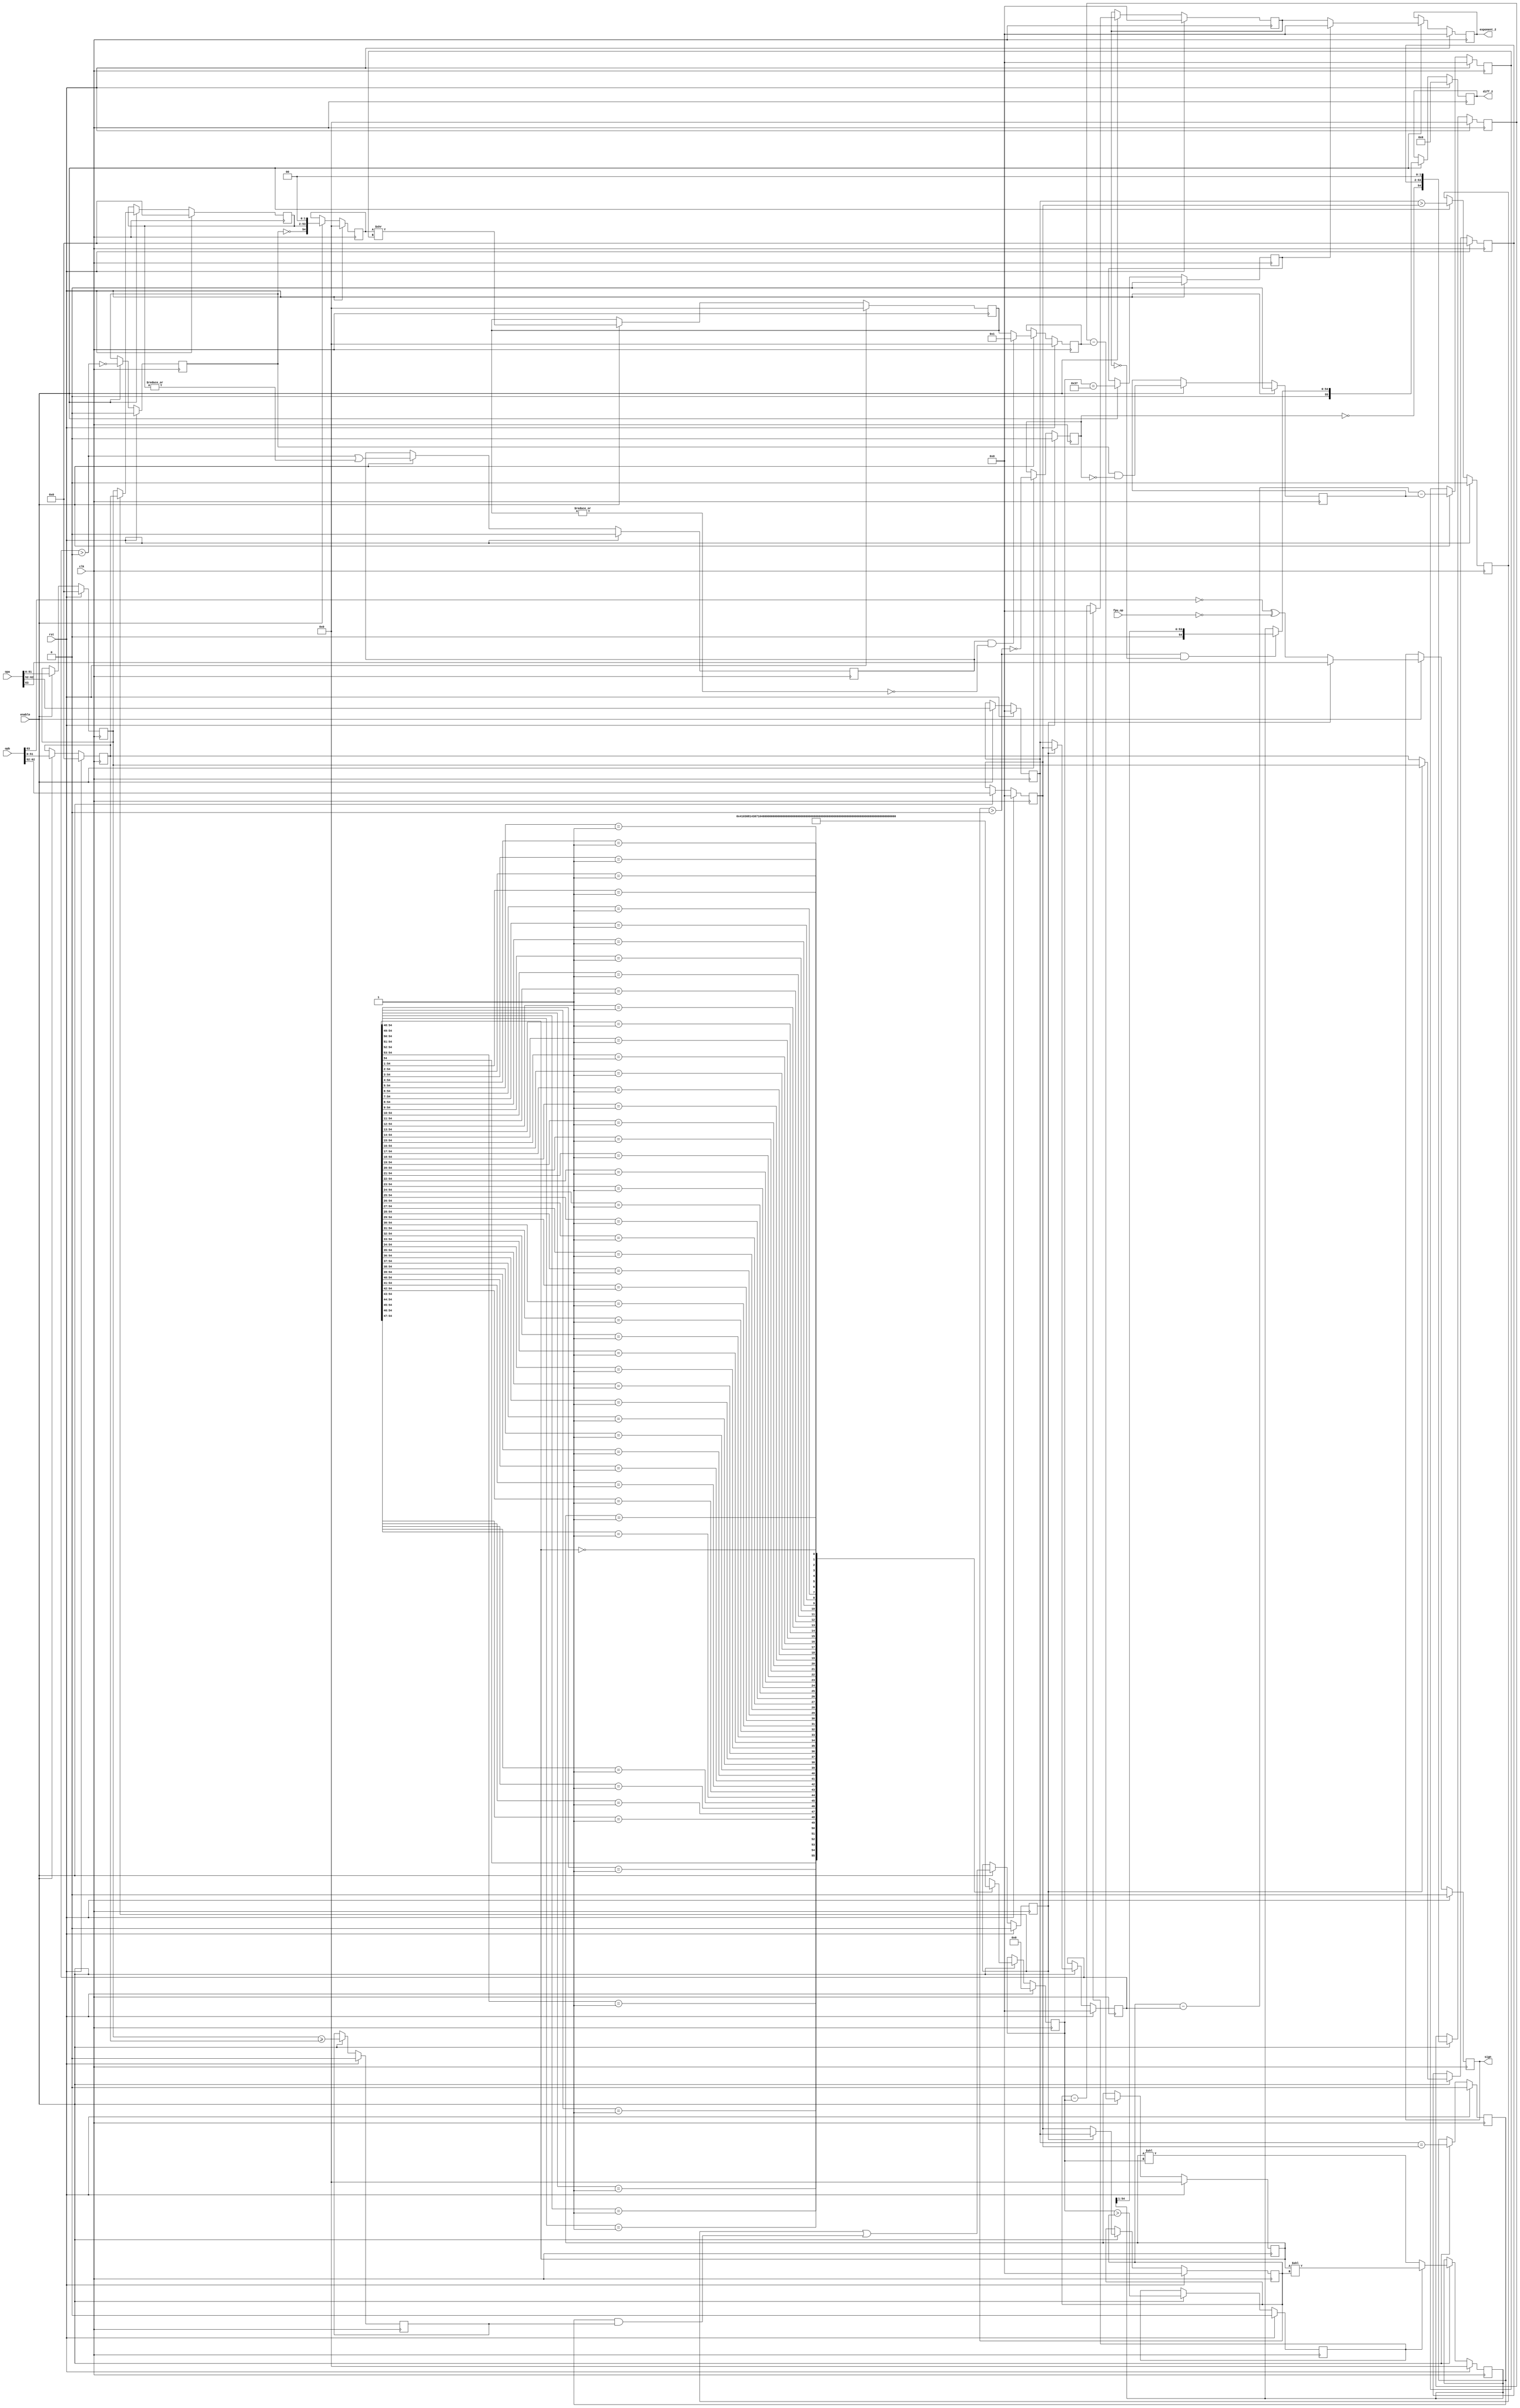

module fpu_sub( clk, rst, enable, opa, opb, fpu_op, sign, diff_2, exponent_2);
input		clk;
input		rst;
input		enable;
input	[63:0]	opa, opb;	  
input	[2:0]	fpu_op;
output		sign;
output	[55:0]	diff_2;
output	[10:0]	exponent_2;
		
reg [6:0] 	diff_shift;
reg [6:0] 	diff_shift_2;


reg   [10:0] exponent_a;
reg   [10:0] exponent_b;
reg   [51:0] mantissa_a;
reg   [51:0] mantissa_b;
reg   expa_gt_expb;
reg   expa_et_expb;
reg   mana_gtet_manb;
reg   a_gtet_b;
reg   sign;
reg   [10:0] exponent_small;
reg   [10:0] exponent_large;
reg   [51:0] mantissa_small;
reg   [51:0] mantissa_large;
reg   small_is_denorm;
reg   large_is_denorm;
reg   large_norm_small_denorm;
reg   small_is_nonzero;
reg   [10:0] exponent_diff;
reg   [54:0] minuend;
reg   [54:0] subtrahend;
reg   [54:0] subtra_shift;
wire   subtra_shift_nonzero = |subtra_shift[54:0];
wire   subtra_fraction_enable = small_is_nonzero & !subtra_shift_nonzero;
wire   [54:0] subtra_shift_2 = { 54'b0, 1'b1 };
reg   [54:0] subtra_shift_3;
reg   [54:0] diff;
reg   diffshift_gt_exponent;
reg   diffshift_et_55; // when the difference = 0
reg   [54:0] diff_1;
reg   [10:0] exponent;
reg   [10:0] exponent_2;
wire   in_norm_out_denorm = (exponent_large > 0) & (exponent== 0);
reg   [55:0] diff_2;
		

always @(posedge clk) 
	begin
		if (rst) begin
		exponent_a <= 0;
		exponent_b <= 0;
		mantissa_a <= 0;
		mantissa_b <= 0;
		expa_gt_expb <= 0;
		expa_et_expb <= 0;
		mana_gtet_manb <= 0;
   		a_gtet_b <= 0;
   		sign <= 0;
   		exponent_small  <= 0;
   		exponent_large  <= 0;
  		mantissa_small  <= 0;
   		mantissa_large  <= 0;
   		small_is_denorm <= 0;
   		large_is_denorm <= 0;
   		large_norm_small_denorm <= 0;
   		small_is_nonzero <= 0;
		exponent_diff <= 0;
		minuend <= 0;
		subtrahend <= 0;
		subtra_shift <= 0;
		subtra_shift_3 <= 0;
		diff_shift_2 <= 0;
		diff <= 0;
		diffshift_gt_exponent <= 0;
		diffshift_et_55 <= 0;
		diff_1 <= 0;
		exponent <= 0;
		exponent_2 <= 0;
		diff_2 <= 0;
		end
		else if (enable) begin
		exponent_a <= opa[62:52];
		exponent_b <= opb[62:52];
		mantissa_a <= opa[51:0];
		mantissa_b <= opb[51:0];
		expa_gt_expb <= exponent_a > exponent_b;
		expa_et_expb <= exponent_a == exponent_b;
		mana_gtet_manb <= mantissa_a >= mantissa_b;
   		a_gtet_b <= expa_gt_expb | (expa_et_expb & mana_gtet_manb);
   		sign <= a_gtet_b ? opa[63] :!opb[63] ^ (fpu_op == 3'b000);
   		exponent_small  <= a_gtet_b ? exponent_b : exponent_a;
   		exponent_large  <= a_gtet_b ? exponent_a : exponent_b;
  		mantissa_small  <= a_gtet_b ? mantissa_b : mantissa_a;
   		mantissa_large  <= a_gtet_b ? mantissa_a : mantissa_b;
   		small_is_denorm <= !(exponent_small > 0);
   		large_is_denorm <= !(exponent_large > 0);
   		large_norm_small_denorm <= (small_is_denorm == 1 && large_is_denorm == 0);
   		small_is_nonzero <= (exponent_small > 0) | |mantissa_small[51:0];
		exponent_diff <= exponent_large - exponent_small - large_norm_small_denorm;
		minuend <= { !large_is_denorm, mantissa_large, 2'b00 };
		subtrahend <= { !small_is_denorm, mantissa_small, 2'b00 };
		subtra_shift <= subtrahend >> exponent_diff;
		subtra_shift_3 <= subtra_fraction_enable ? subtra_shift_2 : subtra_shift;
		diff_shift_2 <= diff_shift;
		diff <= minuend - subtra_shift_3;
		diffshift_gt_exponent <= diff_shift_2 > exponent_large;
		diffshift_et_55 <= diff_shift_2 == 55; 
		diff_1 <= diffshift_gt_exponent ? diff << exponent_large : diff << diff_shift_2;
		exponent <= diffshift_gt_exponent ? 0 : (exponent_large - diff_shift_2);
		exponent_2 <= diffshift_et_55 ? 0 : exponent;
		diff_2 <= in_norm_out_denorm ? { 1'b0, diff_1 >> 1} : {1'b0, diff_1};
		
		end
	end

	
always @(diff)
   casex(diff)	
    55'b1??????????????????????????????????????????????????????: diff_shift <=  0;
	55'b01?????????????????????????????????????????????????????: diff_shift <=  1;
	55'b001????????????????????????????????????????????????????: diff_shift <=  2;
	55'b0001???????????????????????????????????????????????????: diff_shift <=  3;
	55'b00001??????????????????????????????????????????????????: diff_shift <=  4;
	55'b000001?????????????????????????????????????????????????: diff_shift <=  5;
	55'b0000001????????????????????????????????????????????????: diff_shift <=  6;
	55'b00000001???????????????????????????????????????????????: diff_shift <=  7;
	55'b000000001??????????????????????????????????????????????: diff_shift <=  8;
	55'b0000000001?????????????????????????????????????????????: diff_shift <=  9;
	55'b00000000001????????????????????????????????????????????: diff_shift <=  10;
	55'b000000000001???????????????????????????????????????????: diff_shift <=  11;
	55'b0000000000001??????????????????????????????????????????: diff_shift <=  12;
	55'b00000000000001?????????????????????????????????????????: diff_shift <=  13;
	55'b000000000000001????????????????????????????????????????: diff_shift <=  14;
	55'b0000000000000001???????????????????????????????????????: diff_shift <=  15;
	55'b00000000000000001??????????????????????????????????????: diff_shift <=  16;
	55'b000000000000000001?????????????????????????????????????: diff_shift <=  17;
	55'b0000000000000000001????????????????????????????????????: diff_shift <=  18;
	55'b00000000000000000001???????????????????????????????????: diff_shift <=  19;
	55'b000000000000000000001??????????????????????????????????: diff_shift <=  20;
	55'b0000000000000000000001?????????????????????????????????: diff_shift <=  21;
	55'b00000000000000000000001????????????????????????????????: diff_shift <=  22;
	55'b000000000000000000000001???????????????????????????????: diff_shift <=  23;
	55'b0000000000000000000000001??????????????????????????????: diff_shift <=  24;
	55'b00000000000000000000000001?????????????????????????????: diff_shift <=  25;
	55'b000000000000000000000000001????????????????????????????: diff_shift <=  26;
	55'b0000000000000000000000000001???????????????????????????: diff_shift <=  27;
	55'b00000000000000000000000000001??????????????????????????: diff_shift <=  28;
	55'b000000000000000000000000000001?????????????????????????: diff_shift <=  29;
	55'b0000000000000000000000000000001????????????????????????: diff_shift <=  30;
	55'b00000000000000000000000000000001???????????????????????: diff_shift <=  31;
	55'b000000000000000000000000000000001??????????????????????: diff_shift <=  32;
	55'b0000000000000000000000000000000001?????????????????????: diff_shift <=  33;
	55'b00000000000000000000000000000000001????????????????????: diff_shift <=  34;
	55'b000000000000000000000000000000000001???????????????????: diff_shift <=  35;
	55'b0000000000000000000000000000000000001??????????????????: diff_shift <=  36;
	55'b00000000000000000000000000000000000001?????????????????: diff_shift <=  37;
	55'b000000000000000000000000000000000000001????????????????: diff_shift <=  38;
	55'b0000000000000000000000000000000000000001???????????????: diff_shift <=  39;
	55'b00000000000000000000000000000000000000001??????????????: diff_shift <=  40;
	55'b000000000000000000000000000000000000000001?????????????: diff_shift <=  41;
	55'b0000000000000000000000000000000000000000001????????????: diff_shift <=  42;
	55'b00000000000000000000000000000000000000000001???????????: diff_shift <=  43;
	55'b000000000000000000000000000000000000000000001??????????: diff_shift <=  44;
	55'b0000000000000000000000000000000000000000000001?????????: diff_shift <=  45;
	55'b00000000000000000000000000000000000000000000001????????: diff_shift <=  46;
	55'b000000000000000000000000000000000000000000000001???????: diff_shift <=  47;
	55'b0000000000000000000000000000000000000000000000001??????: diff_shift <=  48;
    55'b00000000000000000000000000000000000000000000000001?????: diff_shift <=  49;
	55'b000000000000000000000000000000000000000000000000001????: diff_shift <=  50;
	55'b0000000000000000000000000000000000000000000000000001???: diff_shift <=  51;
	55'b00000000000000000000000000000000000000000000000000001??: diff_shift <=  52;
	55'b000000000000000000000000000000000000000000000000000001?: diff_shift <=  53;
	55'b0000000000000000000000000000000000000000000000000000001: diff_shift <=  54;
	55'b0000000000000000000000000000000000000000000000000000000: diff_shift <=  55;
	endcase	

	
	

endmodule